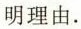
明理由.